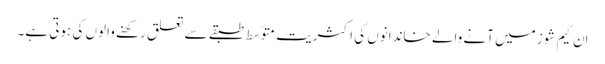
اِن گیم شوز میں آنے والے خاندانوں کی اکثریت متوّسط طبقے سے تعلق رکھنے والوں کی ہوتی ہے۔